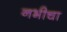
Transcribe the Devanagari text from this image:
नभीचा